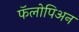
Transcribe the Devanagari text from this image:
फॅलोपिअन